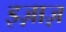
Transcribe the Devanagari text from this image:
इज़ाज़